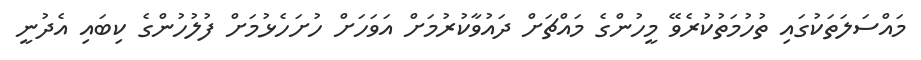
މައްސަލަތަކުގައި ތުހުމަތުކުރެވޭ މީހުންގެ މައްޗަށް ދައުވާކުރުމަށް އަވަހަށް ހުށަހެޅުމަށް ފުލުހުންގެ ކިބައި އެދުނީ